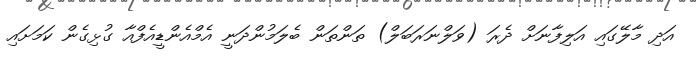
އަދި މާލޭގައި އަލިފާނަށް ދެރަ (ވަލްނަރަބަލް) ތަންތަން ބެލަމުންދަނީ އެމްއެންޑީއެފްއާ ގުޅިގެން ކަމަށައި